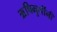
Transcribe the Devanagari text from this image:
ऋषिमूनींनी